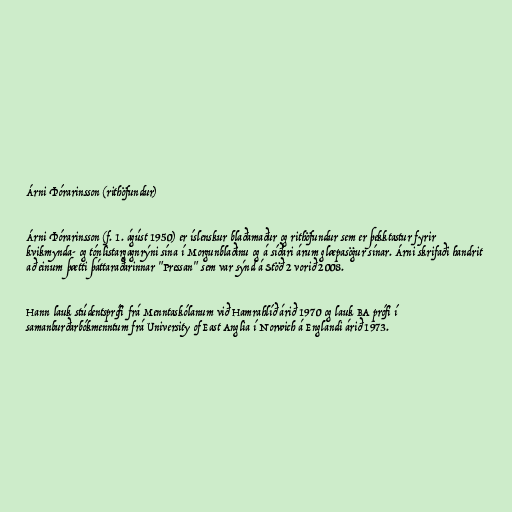
Árni Þórarinsson (rithöfundur)

Árni Þórarinsson (f. 1. ágúst 1950) er íslenskur blaðamaður og rithöfundur sem er þekktastur fyrir
kvikmynda- og tónlistargagnrýni sína í Morgunblaðinu og á síðari árum glæpasögur sínar. Árni skrifaði handrit
að einum þætti þáttaraðarinnar "Pressan" sem var sýnd á Stöð 2 vorið 2008.

Hann lauk stúdentsprófi frá Menntaskólanum við Hamrahlíð árið 1970 og lauk BA prófi í
samanburðarbókmenntum frá University of East Anglia í Norwich á Englandi árið 1973.